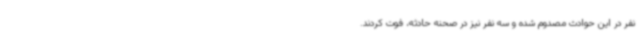
نفر در این حوادث مصدوم شده و سه نفر نیز در صحنه حادثه، فوت کردند.